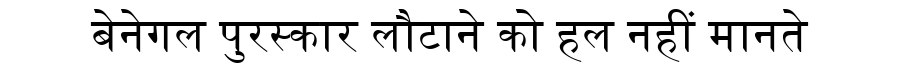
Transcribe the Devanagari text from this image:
बेनेगल पुरस्कार लौटाने को हल नहीं मानते